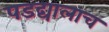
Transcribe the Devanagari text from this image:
पडद्यालाच